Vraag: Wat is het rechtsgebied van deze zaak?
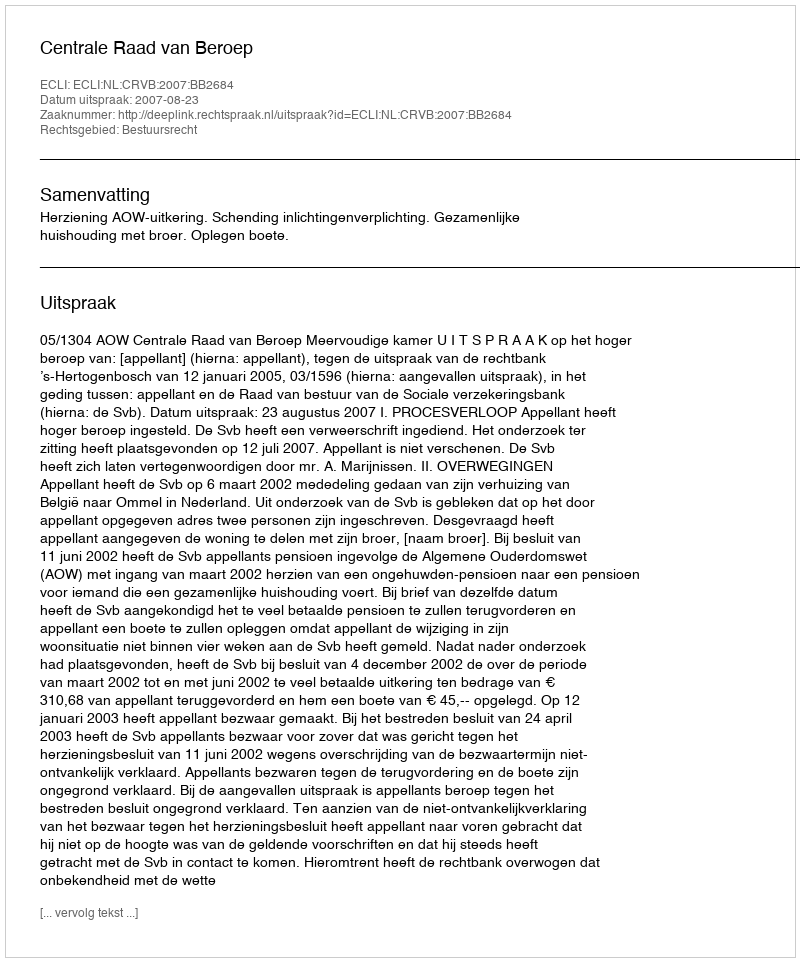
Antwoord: Bestuursrecht